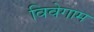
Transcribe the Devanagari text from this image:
विवेगाम